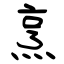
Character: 烹